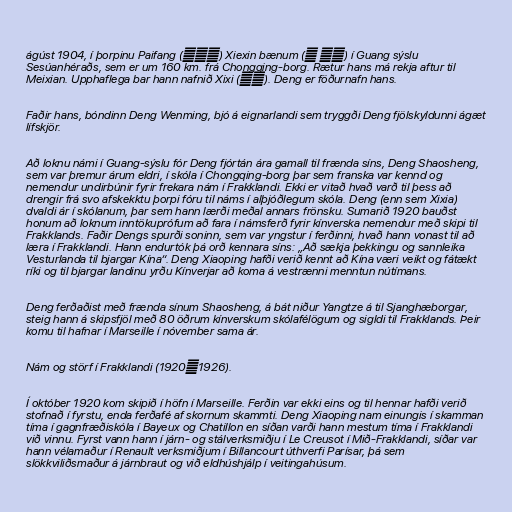
ágúst 1904, í þorpinu Paifang (牌坊村) Xiexin bænum (协 兴镇) í Guang sýslu
Sesúanhéraðs, sem er um 160 km. frá Chongqing-borg. Rætur hans má rekja aftur til
Meixian. Upphaflega bar hann nafnið Xixi (希贤). Deng er föðurnafn hans.

Faðir hans, bóndinn Deng Wenming, bjó á eignarlandi sem tryggði Deng fjölskyldunni ágæt
lífskjör.

Að loknu námi í Guang-sýslu fór Deng fjórtán ára gamall til frænda síns, Deng Shaosheng,
sem var þremur árum eldri, í skóla í Chongqing-borg þar sem franska var kennd og
nemendur undirbúnir fyrir frekara nám í Frakklandi. Ekki er vitað hvað varð til þess að
drengir frá svo afskekktu þorpi fóru til náms í alþjóðlegum skóla. Deng (enn sem Xixia)
dvaldi ár í skólanum, þar sem hann lærði meðal annars frönsku. Sumarið 1920 bauðst
honum að loknum inntökuprófum að fara í námsferð fyrir kínverska nemendur með skipi til
Frakklands. Faðir Dengs spurði soninn, sem var yngstur í ferðinni, hvað hann vonast til að
læra í Frakklandi. Hann endurtók þá orð kennara síns: „Að sækja þekkingu og sannleika
Vesturlanda til bjargar Kína“. Deng Xiaoping hafði verið kennt að Kína væri veikt og fátækt
ríki og til bjargar landinu yrðu Kínverjar að koma á vestrænni menntun nútímans.

Deng ferðaðist með frænda sínum Shaosheng, á bát niður Yangtze á til Sjanghæborgar,
steig hann á skipsfjöl með 80 öðrum kínverskum skólafélögum og sigldi til Frakklands. Þeir
komu til hafnar í Marseille í nóvember sama ár.

Nám og störf í Frakklandi (1920―1926).

Í október 1920 kom skipið í höfn í Marseille. Ferðin var ekki eins og til hennar hafði verið
stofnað í fyrstu, enda ferðafé af skornum skammti. Deng Xiaoping nam einungis í skamman
tíma í gagnfræðiskóla í Bayeux og Chatillon en síðan varði hann mestum tíma í Frakklandi
við vinnu. Fyrst vann hann í járn- og stálverksmiðju í Le Creusot í Mið-Frakklandi, síðar var
hann vélamaður í Renault verksmiðjum í Billancourt úthverfi Parísar, þá sem
slökkviliðsmaður á járnbraut og við eldhúshjálp í veitingahúsum.